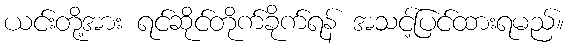
ယင်းတို့အား ရင်ဆိုင်တိုက်ခိုက်ရန် အသင့်ပြင်ထားရမည်။